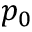
p _ { 0 }